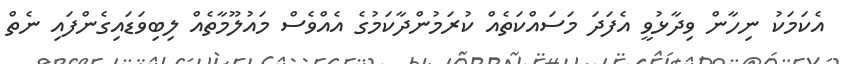
އެކަމަކު ނިހާން ވިދާޅުވީ އެފަދަ މަސައްކަތެއް ކުރަމުންދާކަމުގެ އެއްވެސް މައުލޫމާތެއް ލިބިވަޑައިގެންފައި ނެތް